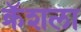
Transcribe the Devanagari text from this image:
क्रॅशला